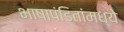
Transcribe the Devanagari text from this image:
भाषापंडितांमध्ये